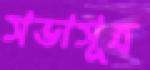
সভাসূত্র